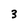
Character: 3